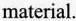
material.